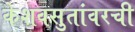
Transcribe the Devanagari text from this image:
केशवसुतांवरची